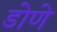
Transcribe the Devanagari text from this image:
डोणे